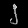
Digit: ၂